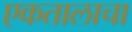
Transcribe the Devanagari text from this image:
एकतालाचा